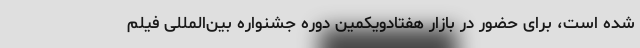
شده است، برای حضور در بازار هفتادویکمین دوره جشنواره بین‌المللی فیلم